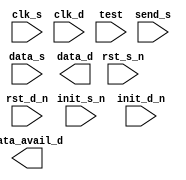
////////////////////////////////////////////////////////////////////////////////
//
//       This confidential and proprietary software may be used only
//     as authorized by a licensing agreement from Synopsys Inc.
//     In the event of publication, the following notice is applicable:
//
//                    (C) COPYRIGHT 2006 - 2018 SYNOPSYS INC.
//                           ALL RIGHTS RESERVED
//
//       The entire notice above must be reproduced on all authorized
//     copies.
//
//
// VERSION:   "Simulation verilog"
//
// DesignWare_version: 71b06b2f
// DesignWare_release: O-2018.06-DWBB_201806.3
//
////////////////////////////////////////////////////////////////////////////////
//
//
//  ABSTRACT:  
//
//             Parameters:     Valid Values
//             ==========      ============
//             width           1 to 1024      8
//             clk_ratio       2 to 1024      2
//             reg_data_s      0 to 1         1
//             reg_data_d      0 to 1         1
//             tst_mode        0 to 2         0
//
//
//             Input Ports:    Size    Description
//             ===========     ====    ===========
//             clk_s            1        Source clock
//             rst_s_n          1        Source domain asynch. reset (active low)
//             init_s_n         1        Source domain synch. reset (active low)
//             send_s           1        Source domain send request input
//             data_s           width    Source domain send data input
//             clk_d            1        Destination clock
//             rst_d_n          1        Destination domain asynch. reset (active low)
//             init_d_n         1        Destination domain synch. reset (active low)
//             test             1        Scan test mode select input
//
//
//             Output Ports    Size    Description
//             ============    ====    ===========
//             data_d          width    Destination domain data output
//             data_avail_d    1        Destination domain data update output
//
//
//
//
//
//  MODIFIED:
//
//  10/01/15 RJK  Updated for compatible with VCS NLP flow
//

`ifdef UPF_POWER_AWARE
`protected
U3K2)dJ+JAF>gBS\3V1AN4KZWTVH58#0_+Y]gF@JF((EJgH.?2f(4)>ccL,+&f8N
bQ;e@<LN(^O^L/BD_L.2Z^CFQGIR43g-CP^+LI<LJXDH2abEDf<E(=f#:>.?fOYD
DUA=KKdMJUd+CDU5.>fSQGb(E&@Nf_\4+/2CFB<TLIUSD;ETTa=RDgFOAL8;\ACg
2X6HgS?XP8a49FYd+d(TZ8)V1[>.aZ@0C:P33b2Q3ga.0;3_]Q6f]^RA+SbeXdfX
JNX\3Q=1#N71;8,dA/TDJ.=@A5/JT_-,;]?-HA;<Be#:M_D6bD]YJW?I:^.6=XHe
5FaMPX@ENaE2a-SA1D4AN4DY-YV0RO-Ha=a,4/]#Z?J,P(bfIK>,,Cd>.=.dJ^:>
^QDC?U<1d?GB8;)W_V90Q_]W^S(05F6-,8C.Y+]24FJZ\W@7T3#Sb>JM@:?=#\55
:Db9O/@[H/bS8SRPXcDHGQRJX4M(C//\R(9/PI8Gf>SYO]9g+=Ld<IB159V9]L1g
#I;b(;>X;,gLX24b\AN2:>I:Q7=WbY5.@aVOe\_@>]8fL7D?aISbV\IcRN^HE=^.
^(ZLL3H>-+5LLK=LQIO&U8GZf@7E-)VWHB@CbKNAB,bae-D3[CS?A5eIY\2SccR;
XUKb9&F:N/FFV^>T>XJ<LE>[NM?/?d2B#69.I&+167)bIb?VKIOC+9MZ#0-B4GA=
VZ44Y;D..d2(Q-N:dD+DdWNTQ(<P?=2Z(D)C<,>E9E5b&eJDSc>YdN)R9T,5^7@A
5B=(6[R@8E_U.OMA2K8UIV(d1e[?CH=M-]3E6BS#-H,_=3G>CYb0XUW6+/6<bVRP
db<:]](KCCX6//:PV=<S&cI-aJRKFC^9G/DE=[G.)XKV+1)@ZaLO9B^cKL5fH2eW
M>AVQ7N6<e@03I6B&4<96O8c\;cCM.72_V:MdJWg#gLVX1#39Hd3,S#4->7\g77@
,U(5a2L^5N8ROU(ZWPF:];ZU;,M8-;[HIOO/d568A=X&8)G\Y>4gW-c1B2E5J9ZR
?UNZ/BSQ=SF=#K]e^SEAg=S8TWCWF@M7a_^aWHY,JJ\MH71S0V@.EMRP9_G?4<QI
TOLK>Y;=L4^57\&]#+BGd0FaZU_N7TdW)6a6BdC]?R>>;14S^gLZQ<6?JcgJ?7;V
8O3fg6Y26-CJ8_9M@)XPHEV6+HY@L<OC++QD^9bN^VUNBT&H/U^4&e=:LbB1QZP=
d8@=dUcMDfIDbYR2BSbfD_O8<3=M/;[E6W8:^.IeB,D1;P7L:BgUSV@dec2KdV?Z
2T&R6NB)A2IF/OBL/;6KcIfD([GS((a\&&)d56N@\9Nde2c&:18;feH?268AON2=
L4A(FIG5W),dTU)]V6[[OBf<Y^+:8cF@[bHBG]=8T?EIPDL75RF?D4;DGC=]O/@J
g[Qb9/0R1_RAZGK_NSSC&;\.PE&<^Yf9SO2I,:E.AY1PcF6L7A[03>Ob4LL2b\DY
gF?W<AD..gX^Y\G/f?YBS#9M0PQGG14@Wb143:bKdeO2YV/03R,]^J^4AH?RI^Q;
Y1Z.@>6907?>>U)F16<SL04c+EH.#NS&d/\/a#2LLAE@?72AQRL)F?O[R,1NO\U\
]^d-:.77QV<)/@PM7SA\:A5;3Ga=U?\Vd^F(>,ZDa^.Ueb0K8A=f]]P0KN9A6P?E
D+.69?,Z5=/N1f<,[R?M6:G<0A0W7=G3L<Ag4G/BBX2<Y>E73eU\\HM\P#Q0(RV^
QB?>-CWC]D9XX5E?1)_;VD<9G;F[M6GX?2J+=FC@NU>-;fT>GdFbW/D-\:,51V?6
S/W869QW(,A50)N[HR/)G45N5=L@-:4<D?,51?3><.)L+5:JE0[RAgJ6(5ON>R)K
0,+;DH3+E<ZT,/(b\#Z/G)bWL]Agb_Vd^H#0:gd>L4L49>9[1:O;S=N^)AY5XS+A
(Q4<@^SQeL+YJ_5C\8NNES^<O(/PNgXL9D/#^J6A9.OV17CC3(ga6HN/C,]TQ^[4
AHFg;^6._-GILIL+@6RGX>]?9-?8WBG=FQZa(\=?;I@QW?Z;C?Wae<,8D<N+QH#I
TfHYW=KgODO^R4_6F:]QaLFSMC2T5J1(-JI+e@e89[A3-JOY=N<A5A@f8&cAMQZc
#4]OaTKdM0.G?(65^?QWZC@L_f3EEe;1Dg3I#8LU8GCLJR3OH9TRZNI2-K,/T8.W
]1I3?0O=I-gKD/N?e3.A=HaD.0P:ICfb;(LVX557fY<4PZV(H2,[MgLQZ:,f?gKZ
U;SVf2EZJ<.[\#I#7RV@9b&+P=Y0146AJ_78Y)&G(,[/UX])#ANc+,dCS-Z]I<g2
.f,_=T7D^/_0QM<6,SG\LUe_b<2a\^-\eDYN;0>-[X<)UF>)T-=OY9g#^84c&[<C
0>&Nc>CK)H2B^)a>R8K(H9?>W^0A6/@KWdf)eVcOJPQ8Z?;60K4>0gD2E\9J9).I
/]][DMK<?JGZcL/.I.MW\ZC(dgNdOdSRVURf.K#5U^R_W9M3P3X^0_Y@eQ<MH2BZ
_=f[O;-\Ae1eNJ7C2d^5M<3_P&N40BJc8QP/RKfGHXMIeH2Y;<=&9&83@DaS<(3#
?g<?]f?La#MDc-6]LH[3.^Z\cBG,QL>9+^7@5=d<GC=&#IBAgBYU1e4(66Gg]dO\
(2Xae5EX/b(:,3^N=G8eGb5_M>&,Of.-W-H8)cMUQTH:[b][U:72A#:G1FA)52GY
IRg_[X_(,9aZ:a0e@Z98)cdX+17Uf?8:=7B[#8NI]MG04a=DK7/5#Q\R9?J;Ra-[
@6AXPbNeS&c-_aF:egcR,e9+g1@R:5TV5D+?.VSJR2^[=7(Ab.a=BK\E?c38YLGM
<3SH5..gMUY6F/T6XH6)Y@_0>/[T]HFFdfRd:PMK8GFM=[A(\B^PLV3aV:MEMQ)e
,RHRb<,73TU;_D;B(M-NM6cR9X)US]=bM0S]KY7?W<T?eg=&G8550/++\I<Rd:GV
>FFK\NXQ;^MKZIbc@896O(dKE:90USP,XE[L[7CWZW?@64[4-#6E8F8d:A4/?g9d
PXSe[QOe:/>X]Za:JbN@_NUCU&PE&WJR>IF-K<Sgd@dUH&cGT;S(J;aOQUYYG^(]
0;/W[E:KYG:9]?@S/D\#TL38A@?1J:a/G1NTcA&^L4D\45D<:2@X^1S?#_VAIB-E
]LK#&CTLN;^ZYc#ND,)P8M@BPS-4A3C1bV)\>)G-V+Jd79+1#FAN&]=2^Dfb:[>6
-:^OHZM@FOY;<B5>.),;L.L0O6GEeBX(O+@;70@C&,SG@=G];PD-6:e@>T(/d[Ee
G0DRA:N@C@R=?M^&?F2Hf[F)6M6eVI(/#PO9<]:=OdTR/6Me[D1([,:]84a(IPO#
<A/:O(EE=F-BB9G9D:Q3O4+E#6S6=H,d)VL43Ief=X1HeR9_KYeT0OG/X:<Q]g61
(2)VW[-GdX1^=7D+d3RI0eJ0BA4)OM6a@\_?&^#7H<:Z[9X2)b8gdNXeWFE,P4;R
D6;V_d(_c&[,<#<&=^TI+8UadV@8YHFU+3D4egMOdP[a7V712.fEb\LA-e+09];V
36UD+=O</&0^<F[b^RZA3]JRUS><:_G6g6/X(5S5((TV\TGL&RM-\gZ^YYM.JSPP
>:90W#[:<NS9d-[J=0;/&(MIG7=W_B;;<E5<?\O:(V3eGAO:U)/>TUcY(,0F6=Y;
TNS_NYH7eN_-MN0bWId+8BHf^W,?A3d5N]@)WZ@#PK.7aLL#57SW\Ag.OX-]E7bY
,gWK-,8CHVD=XBHR?0Y6NFOO1[2D](#ZEJJ]N_1+<TCEaZK2]F+D<@_8eUEbK_:.
(]+b/.=_gd5G0G0E,FZUB7TAc+T_?\BK:3?f<PW6V4f:a?I4,IbAW0&<M4##FG:9
Fc2IE(Je<3<S>c\:YJc=9VTY7]XAAW;FM#9ZHOP-3-:V_YB9B[PfADM#A_O?4.,:
B?:5A2O2cdR)BETNc[50P6,;3^@fM(O(dK<?Tf<N]N7Z7;DS8Da>5:)NYO9YXA#\
6KDg=,TLC9.CV^7(&IEdL0?5)JIdR<^.WKdRM&1L1SWAgaK)TX7>^L>f0J4d7N&@
-6I15S_Z7^D>A3FEDYB/FF9788:9>0^Qa7d=J+VX7?J<4(eJ90V,2PIYXa6WP41:
F8L:WHT:.:9O^(5XR8<[XVYS6:#NbLMF_<,a]&(-:J5_7a^#<e_&Ue;..P<NdLB;
MOM-,BG9#&(b9L?4P<SQM6\KP?bdg)5_-,5D/>/S#&^WQZUC5=DZ.\F&OGS.+PN@
O+SZ2V.P>#W[T<Yf.HXLW90+A@MIeUF=3\OXRYF0X(F:FIB>FPg[X>H3VH:F;+FD
0,8/O@CJ50a[X8>d;J]2/>V;3WcK\b;Q\4^^f&Cf6NeGAGVBK_C.R@D.@W(KU3?6
AHd)XGO-O(S1Xc#D4Z:AbOA\/@E[I4ATUP#5_WE>Z:9XbMW8[f90^K^7PWXSb&eT
)[#[ISD\C]-FeK6OY5WMUQZZ/^)+;H?VPH]b\C/4g68\fFPOW2e)^>&&IXIOag(Z
<\I)XP&YT_TEVP9H?D1bEP,-gQI(8O\6TO>M#34]Z3/E=<1;dB/X:+JDN)-8927Q
K#H7<V_;V-:QWFTDD(L_XTO-daP1fe;5f.f#W4O.YYKA9@Ra9O4.6fDC7F\P0b=/
.IK&#GI3WZ_A]fU01H46UBH9H7_eHJD_3CX2_OY:],[3XY[U]JRDJaba?Ud:b#=J
eZg@:TL@N&-\0UDSd6Gce4LJHIG:RVO4T.+C4.4P6J&,X.0DdcLES(2P7LT,G-.K
b5PZ;R6)?Xa7PgY1AY++0?.EG[IU]6Y#9Ff_MGMFJ/20QZ(;J^T-#Q,SZD>@-H??
W9HZ3Nb#C(4F2)2Nb\5H^eQG4##+7eF)2<IP14K?[CFUU4<K5IJ,1T]@B/,DJ^M#
T05:N2I<=7HcD<LD:/BICI+F9e865cKcaD^(b@P3<7EP2GLI/SU#C>#7S;(UBN.\
IH,0[3.ZL&,>gUO6OE)5[J(TACW3Tb7CN0fMP/#,54)^TF@-F?9QaG^]-\dP>OB+
Ec_fVedR6@TE5)7ZB/4WaCOX-5I6S&.EIX7b3G+e52K1FAY9IZ=G?,,4TDEF]:CV
-/\?E\KZ6a<LX;IIHC++,HY=#I/,XUd[0^4f[^P8?D[YT91fA.G).?@-U@EI#Le>
++A=c>WScJ&FNI;fF&F_8<IeZHZ8N]@KH,ES2\g^?=4E^8#c00RH8I^96TGTI(Z-
\eA4\ZESRR_#\^?+JDY^GO;<Jc)0A+QbVXe;aE(?E.0dL;=>@0\#Q^5f^Q79GaM@
QXGX)g(P15@Y]:a#>4?7^MA#WU)2DFEfQSGeHg.&6UM#?dEg_(U^J_=gT[gL663)
X<GYUX5.e7aTaf\9H17=,b/FdT&4[#C_?UULP2\FGKTHcU5V<M6+JG_T(9.>1S\R
W9[C><]SD<C<VJN.=+A@RUH<N_H-.=PAPa.R(1[ELa1HMDE1UEd@b-C6_L;[]O^Q
.^2YIR650T9TeYD\/c(XOP.f.(gWI>J=^=Rd&,FE/4@=GY>OU<E+0J(\(]aKM^H_
[EU1Y]##E@A@<7G1S2bSKbEC\_&IQ_daeV\;1@(MFIAB_==TWMZ\9YU1[@-6,EMe
:L-^,W;?X^=0fPFG:/d)0Z9&UKc8<3Ic(a9A-B=3\=&bI,^08ROLERIYU7/Kd3/6
N:fK/;Ad2>4_ZD48P;+&fWI[GfS9)JG;fVV]0<f/4W;,-R>O-Yg3S.69F-VP]@0a
7MM050E<02A\97BC:PQ&,fJ^\a[3Z:2>#c)dO2e=NU;AGBK.3S1]3_NC7^;\aNH[
g;g=,>],JH)AL<&H5R8)6[_51&S:d,8f9F&HbeL4(_gJYa/(35,>S>J>?>6]8=/-
>/IL#WDBMf.U?R-<(42Ff[.2Q(SH)f_4L[2QQKVXc)Y=<KfAPbS>F5=VD/@?-VM&
E+bGfHd[:Q,Hg:F5b]31@6AQQ9V7K\-PWQC/(J0P)@BJA=7>R60d#f,>9[[dV8XC
1&BN9BX1.M_#2LNJV)=\b8@\d;UPbB0EPA(4[Q,fLXc9Y_YM.dK_PVf@&#^-LU9N
2_]GV6.B7+8d5?:_?cK#2?[7&>4>8ROGO>M.F7M:IBK.H5]O9-T.g]Z]M8^A;4Te
BaY=\[QND+X#Q1#3;,WR^4@PD\>/K]@9c_P,MS&[=WNQaUeZc?=&6[Qf=a8L6;L7
&H8,=O+A==D0V.00#K1c,#C+N@XMJ5E)7(ET2-dS4dc?]__B(c+08S6MF4a=M+#P
_0DC-?2?4M#K96M<G&IAS3;9eDd<TFO+E&/0]9>.3E74HVDa;Q#7,7EcQ4+,e]TQ
b2FL_3:LbI1YX9N1_3)7A^Y>ZF8QA8bd\L]GP0IR42P2c?)-U\>c,^79?<PKQ/ZP
ARJN[<DO4,XXW8ZSL0X^6Ag;)[Ed+eOL,@c+bfaQA4e5XeGf+OAg,BXeCLS+BDSa
[(/5>_SIK47Y;?+I1P8F31NXSG^5&[d<U<.GODO0,aMd8L@01aCdXd/J(4++L:IQ
,IB-dSfb<baeO_<ceUcL;Z_JJPUKfD&YOLFb6JR]F?HfIH-gC[@\Z(S\C]/AO9U1
H,9,U#WcTAV79TMUXJF_QT>97:=4^][MJU-YX:H>+DeXe6/0<1=f0,G/cS]14&5>
A.=cV@;O459D5/83d[@YKaR5C(+OTH]a=7_Jb[14R\6@g;]Hb&8=#NA\+72&#bgR
d:Ocg/;MH)cX[UKH^dfJ(U@P3G-4VOXQAc[WYCGRaY7.EXV<OJ[fUX)2?TSPI@E\
W5^O:b5bXBN6L,6DQB;>P66;I&?8]&W[#&1LF(O^=f3-MGTB[ReZd_<DOCGEU8,J
71.VO(T-a7e/MIR,PR\./d<7UA8Q^MU5V1.1@_TP8-H3P3SK>d+8MbEfKYRV9FHU
8Y<FV^[28^FJ]X7IAMGZL-JEga5If1S1^/\S.Af:2>Eg:OJa9LUTFJ#5#7<8.MH>
,+2RF160X;1=3[O^#]WG?P1FHE)A=Z;:44EEM/502J+e(g]]\.)gE^aS)>3IQYM:
F:X-[??6.)=>EKeeA)<#LGcKeGM+RDX]6?CR,3)XAX#eJ=<XN6D#.TId5gDec.L)
:dVc:U>dbHAUaXTS\c;(GJBY8I+<f[b)TSC.DO7(b1:-J[J4-UGS9XLY]HY:b?1=
Ugaf)Y]Z-SZLd-O]P<)TV_Ncd,a@-N:^eK\e(5aHM@X+3>BQB)&6_<<3O88acWA<
\2eWT.-G&D0LZG.U:9I7b<>,7:1Q>[4BD9GY7OUTI3BaD4E?F7>OLaPH03P]4d)K
60:/#/bafFOPOb>&\DS00,GeXNf;;f;Ddea_YG#H>.\JAQJ[6YQG<EeQ(1J1._e[
aI\cL2:9L^5R?WEP)7Db8S91[KIFBJCDKgIKC?R1XL.-QTD)_Z,0;N[NVYO,HIA0
TRTY8+ZFJI1O_bX@_@b4:]=6a&>AN6@e\T1\K)#]6fCYcbR(?0@5]LATLJM4W1#F
<C)R4-f]DOQC:P>MHTF3L>d4cCG]P+f8Cb1Jd_T=)b#XZB+9TMGOY&N&IGV:\,S?
UOP<eF>HV[KDP1f<W@C:JKRU5VY:#Q-;De13DHdE&06PeeA?V=+Z9#N;YUS2aP4L
Oa)VTME+,7E#g^-77T)#e@WCGLB04W(OCXS8OP?H10c8-]e;66/Q<GPf9WR3K+-G
M.;_gYS790-4[H6VdA0O#B#[.?LbZ^Hd#cEaEZSV1:T=<F4eLKBS7/DNLJ@,@4A4
]?U:&><BZ]4P^Y6e^(?La+GMbO8b596\J-6UbQ>+VcN1#T=+0=KI4P<fcVY;aTfB
C)WN<O/.QdE,0=c-=dTIDG0(U1_-8a\5EQfD30VP+=2P1FJ6cKT(;aJV-g\Q<HL:
CRCX2K<NFaB?GYGD[@]Zc1FCO-53F8&QEGCK@a2E=(_VOV@\_L[,d2L>^\]/1X5[
&EU>10aTQJFR)WDA5T>@WI;2=EI@.#=I2f)Vb9#D6IfJ=TPQW]KM@^IH\XB_Tf9b
bMPJ9T]-(7Z)b^Gb8e)ROMAJX:,KGb,ge:[MZECK@V5gJegFf[4M>D?[cW0IV:\Z
DO+e>#=cOTXJ5WR_7bX84T03d.TK2@Z3SY)&08=5DVS=51:bE5M3(bgX#62IG(@&
2<+(TQY9H+6DL0PHJQ1=B+XS.,I[Ye6Z5Z?@0[W5E=X9T(:\M,,9aF1)2HK5YO&,
^^1B=FJAgRK9M<&V:0QATR2#>AOY2,W_XCGK\^].a.1PN\4:PP]0[\&0.^PK6,.J
RF=/SR_f<+.:.Z+.W0(<LL5H)]WVdCBbW[O4)+D]ZCfMH-#(I;>:#@bO)GTXL<[8
6C[HcT:/a:A.bf#G&Z\Y+-C2BS^EC(P-IU(=dH)O&Z,U]WE<7gA>bE1B)]LM<bZ=
FI>J<8>17NWKOb-aM3YE3>0QX=73c4c>EU#>P2Bd7.#VaV0F<\\?OEM.K@X\,+9P
C?5]<=@8)<#N6ACeV;51_VCTIWS;\,S=90=.d0D@eV/deN9\73>.@8&=()36K/8I
[-.Y):R7UCgc=?G/Y3UD.(]CHH70U26.G22V^=\&H7a(EK+a[K:<AIBDI[b<6J)2
#N#^1SZM8T?R&\>&DANBgN9c>XVBI?=-RXg\@)>8RVKV>OTc1BcEV/>@H/&)=7>:
X6R>MJAYO56#KcU0.I0(58HPKBg&SV_41:&]40&R?E@1E0;=@,UHe&4f85=EYCBW
?LEN6U:SAV6F]B[FBUI[WM>HHE&H\\/AX4\]X+<X=Z@.G>(Q(2](Ye_K06LB&6Q3
O0&R4S[VP+TX(@S[b/EQ?D&-a-2)GM9FbPZPBT(YESEMfHR\9B&/Z<#TOGH?gaMR
d(OgFG\]=@:C(E?1WTJZ.\EeS\gJ3E\cK>_d97O&O.\.9#K=gD?#c;.B5H&NO4^[
=]Q<CA-J(#eL631Z>8;dT@OE3TS]?GR#dH3RD>IV8f.UE<)0]WN49@cIXV8)K5ZU
Y@-]LRKMHM>&8FLYa__N;_95NTQa8=]K[[dEf(6]FGM(\AN0:44cC5B=S/H.Z[,b
PZV9A[1;<^TL0;.])J\<?N1)?^?g8P1):H)U8aL]P<0(]3=4Nbc>faY6=1dDY7eK
50B+AY-F^HVeeUK&CQU&-IPY@1)e(+cXeB+2@#dc#2e5eAe,>+XO@BH^;92KVJIT
E[^><Vd@X)CU5QaKa]\0>3Cb6.S-Y2GT=6J7eZbG\C1V4,35]?>;5EbN/@]/8Q5O
@U7XRH?MfC,H_7D8=2-Rd&P=b5?5^_#ZOR(<G@f3Z)M[[^;WScS2]7JeB8.?e8N3
\53b##X0.ReJTHOGAaIV()ADSeaB8TSP#N&A1bb.0f;-FS6ESeb]>5=De\F+>^-#
L6LUW(=D)].DQ.=)^G=HbaHFJZCQFBfMR-1YG4V_&#B\EKa[7I//U@AaH?^ZP#OG
6E5fQIQ9=:Z4Vafa4/YH+:@;7QfS-P&](e(II5VHRJa-A1C)TfWC5-fG[)&?O:S]
f1HEVEG.I+gaS+64^S@->SSE8D?O&DV;,FPI>C]-?Z/85@<[:e[aNUa0?#L\[GLK
@6DEgK7NaKD:N1C6SRWV.-3gK545^+U]10S6/F34/<K&_ES@#PQ+JaB,0aLX1)6G
RGL53Kc]dgg1J>f2^)GL?U9fg8#_M6.#cgX=aUKN4,2,QCA#TcAKL8FBcRSb[Y@5
:EJGV5aM>N:OP&Ib]fS>BbdQL)N#D[?CbKf:9OB&FgSK@&IELS]^g>ZW3A5RE&Wg
eJD<E@G3:[XK(SP(_HJ/MZaD(\[&=GWWOW-5PPZ4a(YNaR7/JB9T#ZC3KVYNWZ-f
\Y-9],]6V#0U28f^:a-dMYS<](@c7d#H#8J5:IS0]]:O-ZB4_T&3?DRXVO\,b&.=
Q?A=?,]S=Z0GY67\>3d-B_PP6H3(<EMCcI-gbggWWXH_2g<eRH0VU./#QMH1_^<Q
E1G(2DJDKaPD:JN9@M-ALK<Kg<88A_/CLf+T2T1Ga1),C/3ANYCeD\DJgcf(Ab6g
7TQJ#gS6897.O-@WDS_5SC_Z:RKM,47\:T;5;+dAEXCQ?N2^Y9Z[f/N9MUg<<<c5
WB)67;#g7g10NPMOFS&W9^=[\B<V/5M4aN#=5B+Q77H1L4&:^TG4ZgTF:^B.W(=W
,Z3e1DDaZE2WZQ\d_MXIGL[/\aYWeU_^8dK+YW@U6BH^QM&U/bP;NYGID]\MBDO(
4Y6KDC9?c13X=S]_>\fb3EdQ\N&NP2D(\#[L,\3g/[CC-+(G6NY@BINObEZ+D-9E
H532O_+L79/&,HI]GQ[0JEb7Q&1bdV;N_c/W6a@_aD2F(=C/88][GQ-9+RXM2O^.
SUF)[OPD#X=]B=4TF)JO-01fHBT(LDBE_7G+KE^W5DH-a?6X#T?#@A24L;Ab@7a;
>88,[WS450MM2XdbB_gb(^U>;bUPRRS/W5>EN(<Qe;P/5AeUK@N\CYWUN+6cEgX:
Fe6>?8J566g07BOB@W;_]#VPC<]+,5e3aJ6+dbDI/+c_K>OaTS=gH,^,=E4O@/H/
S7f,:eDCR4^]GU>?N\T>.0[WIV:;8VgP>XJ.ffY9?+@c5IW9)HOYe_Tc4Y,aT169
b-=QHc/LR,&afb^&A8:/[c38H==Y<A/2>\+B4@)(YU2RB_M\@X,8.N8=[.8J>&LV
HXA+CEKdBVcFX+DCAPEQ(+&@4RE(B):SBWH/_Bb[^0MWO\Ua54cMG[<DF6_&AE[g
Obf/?/)3ggAa=<XD2+GbY;3?XWT-dSb8_&a\<d)M@(DaU>DWO->3E#69XV0]Y-9C
ZC3^S-N#J50dEV<@AAQUPJg7ReXaC@X8EVGP>MHO0.(JJAf4)2?UXa-LLbOLXgC<
Se)C9-WS1dHQI/L+N2]?dOZT@_:UAKXKcbW_Z8<U_5f4.I=?PcDH\I&1#&US()<5
&Ka&Mf=)ZJ)Rg+1&X4C?F&A.P]7>JKb7.b6;N5OL;US/EXLG8NNF2AWW,OOG?C5H
YC75+>Ug;bG.T?K:A7SD#&#aOF[d+,2=\0UO>b)N6L?]FPN^V^WJ/-G>XAYZSeUH
J<.1e27[7@Eg)YSJ9+YIIH(_?c)U1U:KU3TLX2LWXaE<8@O#f)K1[\<;?f8gRWHe
>JN73--6d-\fZ/efV;88LKU\2;Z^)6VEbB1eb^3UD>/<H$
`endprotected

`else

module DW_data_qsync_hl(
	clk_s,
	rst_s_n,
	init_s_n,
	send_s,
	data_s,
	clk_d,
	rst_d_n,
	init_d_n,
	data_avail_d,
	data_d,
	test
	);

  parameter integer width = 8;
  parameter integer clk_ratio = 2;
  parameter integer tst_mode = 0;

  input  clk_s;
  input  rst_s_n;
  input  init_s_n;
  input  send_s;
  input  [width-1:0] data_s;

  input  clk_d;
  input  rst_d_n;
  input  init_d_n;
  output data_avail_d ;
  output [width-1:0] data_d;

  input  test;
// synopsys translate_off
integer reset ;//        [4 : 0];// :="00001";
integer idle ;//         [4 : 0];// :="00010";
integer update_a ;//     [4 : 0];// :="00100";
integer update_b ;//     [4 : 0];// :="01000";
integer update_hold;//   [4 : 0];// :="10000";

reg    [width-1 : 0]  data_s_reg ; 
wire   [width-1 : 0]  data_s_mux ; 
reg    [4 : 0]  send_state ; 
reg    [4 : 0]  next_state ; 
reg     tmg_ref_data   ;
reg     tmg_ref_reg    ;
wire    tmg_ref_mux    ;
reg     tmg_ref_neg    ;
reg     tmg_ref_pos    ;
reg     tmg_ref_xi     ;
wire    tmg_ref_xo     ;
wire    tmg_ref_fb     ;
wire    tmg_ref_cc;
wire    tmg_ref_ccm;
reg     tmg_ref_l;
reg     data_s_l;
wire    data_avl_out   ;
reg     data_avail_r   ;
reg     data_avail_s   ;
wire    data_s_snd_en  ;
wire    data_s_reg_en  ;
reg    [width-1 : 0]  data_s_snd;
reg     send_s_en      ;
wire    data_m_sel     ;
wire    tmg_ref_fben   ;
reg     data_a_reg;
 
 
  initial begin : parameter_check
    integer param_err_flg;

    param_err_flg = 0;
    
  
    if ( (width < 1) || (width > 1024) ) begin
      param_err_flg = 1;
      $display(
	"ERROR: %m :\n  Invalid value (%d) for parameter width (legal range: 1 to 1024)",
	width );
    end
  
    if ( (clk_ratio < 2) || (clk_ratio > 1024) ) begin
      param_err_flg = 1;
      $display(
	"ERROR: %m :\n  Invalid value (%d) for parameter clk_ratio (legal range: 2 to 1024)",
	clk_ratio );
    end
  
    if ( (tst_mode < 0) || (tst_mode > 2) ) begin
      param_err_flg = 1;
      $display(
	"ERROR: %m :\n  Invalid value (%d) for parameter tst_mode (legal range: 0 to 2)",
	tst_mode );
    end

    if ( param_err_flg == 1) begin
      $display(
        "%m :\n  Simulation aborted due to invalid parameter value(s)");
      $finish;
    end

  end // parameter_check 

  initial begin
    reset       <= 5'b00000;
    idle        <= 5'b00001;
    update_a    <= 5'b00010;
    update_b    <= 5'b00100;
    update_hold <= 5'b01000;
  end
  always @ ( clk_s or rst_s_n) begin : SRC_DM_SEQ_PROC
    if  (rst_s_n === 0) begin  
      data_s_reg   <= 0;
      data_s_snd   <= 0;
      send_state   <= 0;
      data_avail_r <= 0;
      tmg_ref_xi   <= 0;
      tmg_ref_reg  <= 0;
      tmg_ref_pos  <= 0;
      tmg_ref_neg  <= 0;
      data_a_reg   <= 0;
    end else if  (rst_s_n === 1) begin   
      if(clk_s === 1)  begin
        if ( init_s_n === 0) begin  
          data_s_reg   <= 0;
          data_s_snd   <= 0;
          send_state   <= 0;
          data_avail_r <= 0;
          tmg_ref_xi   <= 0;
          tmg_ref_reg  <= 0;
          tmg_ref_pos  <= 0;
          tmg_ref_neg  <= 0;
          data_a_reg   <= 0;
        end else if ( init_s_n === 1)   begin 
	  if(data_s_reg_en === 1)
            data_s_reg   <= data_s;
          if(data_s_snd_en === 1)
            data_s_snd   <= data_s_mux;
          send_state   <= next_state;
	  data_avail_r <= data_avl_out;
          tmg_ref_xi   <= tmg_ref_xo;
          tmg_ref_reg  <= tmg_ref_mux;
          tmg_ref_pos  <= tmg_ref_ccm;
          data_a_reg   <= data_avl_out;
        end else begin
          send_state   <= {width{1'bx}};
          data_s_reg   <= {width{1'bx}};
          data_s_snd   <= {width{1'bx}};
          data_avail_r <= 1'bx;
          tmg_ref_xi   <= 1'bx;
          tmg_ref_reg  <= 1'bx;
          tmg_ref_pos  <= 1'bx;
          tmg_ref_neg  <= 1'bx;
          data_a_reg   <= 1'bx;
	end
      end else if(clk_s === 0)  begin
        if ( init_s_n === 0)  
          tmg_ref_neg  <= 0;
        else if ( init_s_n === 1)   
          tmg_ref_neg  <= tmg_ref_ccm;
        else
          tmg_ref_neg  <= 1'bx;
      end else begin
        send_state   <= {width{1'bx}};
        data_s_reg   <= {width{1'bx}};
        data_s_snd   <= {width{1'bx}};
	data_avail_r <= 1'bx;
        tmg_ref_xi   <= 1'bx;
        tmg_ref_reg  <= 1'bx;
        tmg_ref_pos  <= 1'bx;
        tmg_ref_neg  <= 1'bx;
        data_a_reg   <= 1'bx;
      end
    end else begin
      send_state   <= {width{1'bx}};
      data_s_reg   <= {width{1'bx}};
      data_s_snd   <= {width{1'bx}};
      data_avail_r <= 1'bx;
      tmg_ref_xi   <= 1'bx;
      tmg_ref_reg  <= 1'bx;
      tmg_ref_pos  <= 1'bx;
      tmg_ref_neg  <= 1'bx;
      data_a_reg   <= 1'bx;
    end 
  end  

  always @ ( clk_d or rst_d_n) begin : DST_DM_POS_SEQ_PROC
    if (rst_d_n === 0 ) 
      tmg_ref_data <= 0;
    else if (rst_d_n === 1 ) begin  
      if(clk_d === 0)  begin
	tmg_ref_data <= tmg_ref_data;
      end else if(clk_d === 1) 
        if (init_d_n === 0 ) 
          tmg_ref_data <= 0;
        else if (init_d_n === 1 )
	  if(data_avail_r)  
            tmg_ref_data <= !  tmg_ref_data ;
	  else
	    tmg_ref_data <= tmg_ref_data;
	else
          tmg_ref_data <= 1'bx;
      else
        tmg_ref_data <= 1'bx;
    end else
      tmg_ref_data <= 1'bx;
  end
  
// latch is intentionally infered
// leda S_4C_R off
// leda DFT_021 off
  always @ (clk_s or tmg_ref_cc) begin : frwd_hold_latch_PROC
    if (clk_s == 1'b1) 
      tmg_ref_l <= tmg_ref_cc;
  end // frwd_hold_latch_PROC;
// leda DFT_021 on
// leda S_4C_R on

   always @ (send_state or send_s or tmg_ref_fb or clk_s ) begin : SRC_DM_COMB_PROC
    case (send_state) 
      reset : 
	next_state =  idle;
      idle : 
        if (send_s === 1) 
	  next_state =  update_a;
        else
	  next_state =  idle;
      update_a : 
        if(send_s === 1) 
	  next_state =  update_b;
        else
	  next_state =  update_hold;
      update_b : 
        if(tmg_ref_fb === 1 & send_s === 0) 
	  next_state =  update_hold;
        else
	  next_state =  update_b;
      update_hold : 
        if(send_s === 1 & tmg_ref_fb === 0) 
	  next_state =  update_b;
        else if(send_s === 1 & tmg_ref_fb === 1) 
	  next_state =  update_hold;
        else if(send_s === 0 & tmg_ref_fb ===1) 
	  next_state =  idle;
        else
	  next_state =  update_hold;
      default : next_state = reset;
    endcase
  end 
  assign data_avl_out   = next_state[1] | next_state[2] | next_state[3];
  assign tmg_ref_xo     = tmg_ref_reg ^  tmg_ref_mux;
  assign tmg_ref_fb     = tmg_ref_xo;//not (tmg_ref_xi | tmg_ref_xo) when clk_ratio = 3 else tmg_ref_xo;
  assign tmg_ref_mux    = clk_ratio === 2 ? tmg_ref_neg  : tmg_ref_pos ;
  assign tmg_ref_fben   = next_state[1] | next_state[2] | next_state[3];
  assign data_s_mux     = (data_m_sel === 1) ? data_s : data_s_reg;
  assign data_m_sel     = (send_state[0]  | (send_state[3] & data_s_snd_en)) ;
  assign data_s_reg_en  = (send_state[2] | (send_state[3] & !  tmg_ref_fb)) & send_s;
  assign data_s_snd_en  = (send_state[0] & send_s) | (send_state[2] & tmg_ref_fb) |
                          (send_state[3] & tmg_ref_fb & send_s);
  assign data_d         = data_s_snd;
  assign data_avail_d   = data_a_reg;
  assign tmg_ref_cc     = tmg_ref_data;
  assign tmg_ref_ccm    = ((clk_ratio > 2) & (test == 1'b1)) ?  tmg_ref_l: tmg_ref_cc;
  // synopsys translate_on
endmodule
`endif